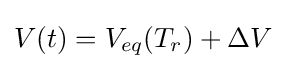
V(t)=V_{eq}(T_{r})+\Delta V